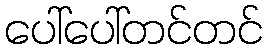
ပေါ်ပေါ်တင်တင်